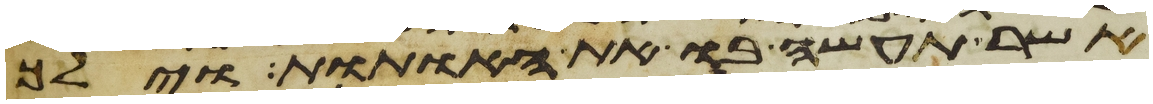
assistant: אשר תעשה בו את האתות וילך